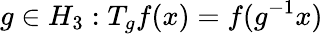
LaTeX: g\in H_{3}:T_{g}f(x)=f(g^{-1}x)